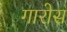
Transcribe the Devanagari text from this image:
गारोस